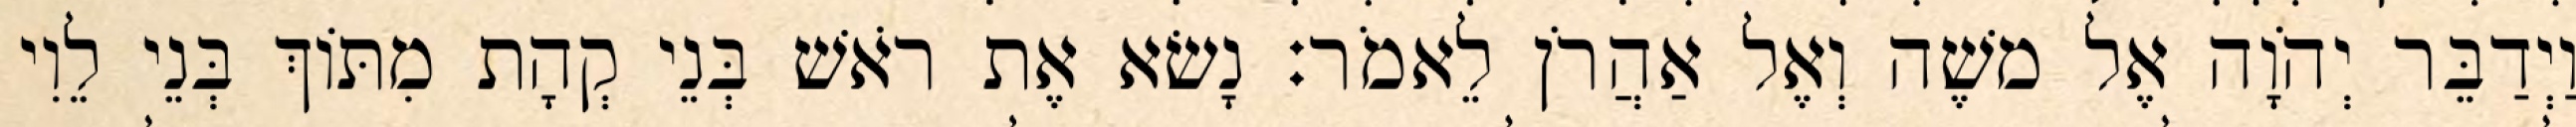
וַיְדַבֵּר יְהֹוָה אֶל משֶׁה וְאֶל אַהֲרֹן לֵאמֹר׃ נָשׂא אֶת רֹאשׁ בְּנֵי קְהָת מִתּוֹךְ בְּנֵי לֵוִי